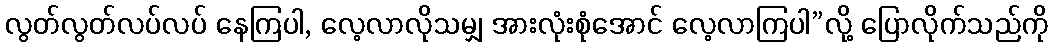
လွတ်လွတ်လပ်လပ် နေကြပါ, လေ့လာလိုသမျှ အားလုံးစုံအောင် လေ့လာကြပါ”လို့ ပြောလိုက်သည်ကို